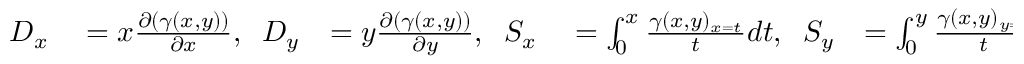
\begin{array} { r l r l r l } { D _ { x } } & { { } = x \frac { \partial ( \gamma ( x , y ) ) } { \partial x } , \; \; D _ { y } } & { = y \frac { \partial ( \gamma ( x , y ) ) } { \partial y } , \; \; S _ { x } } & { { } = \int _ { 0 } ^ { x } \frac { \gamma ( x , y ) _ { x = t } } { t } d t , \; \; S _ { y } } & { = \int _ { 0 } ^ { y } \frac { \gamma ( x , y ) _ { y = t } } { t } d t , \; \; J ( \gamma ( x , y ) ) } & { { } = \gamma ( x , y ) _ { x = y } , } \end{array}